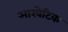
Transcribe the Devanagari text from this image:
आखेटिक